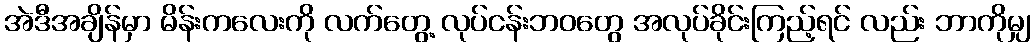
အဲဒီအချိန်မှာ မိန်းကလေးကို လက်တွေ့ လုပ်ငန်းဘဝတွေ အလုပ်ခိုင်းကြည့်ရင် လည်း ဘာကိုမျှ